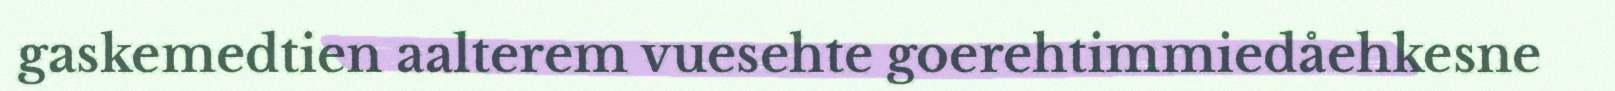
gaskemedtien aalterem vuesehte goerehtimmiedåehkesne